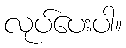
လုပ်ပေးပါ။